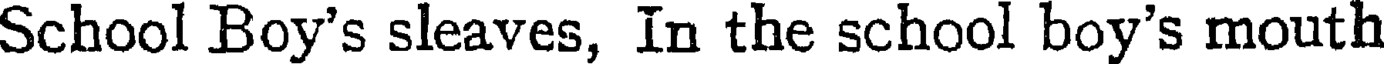
School Boy's sleaves, In the school boy's mouth